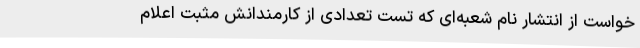
خواست از انتشار نام شعبه‌ای که تست تعدادی از کارمندانش مثبت اعلام